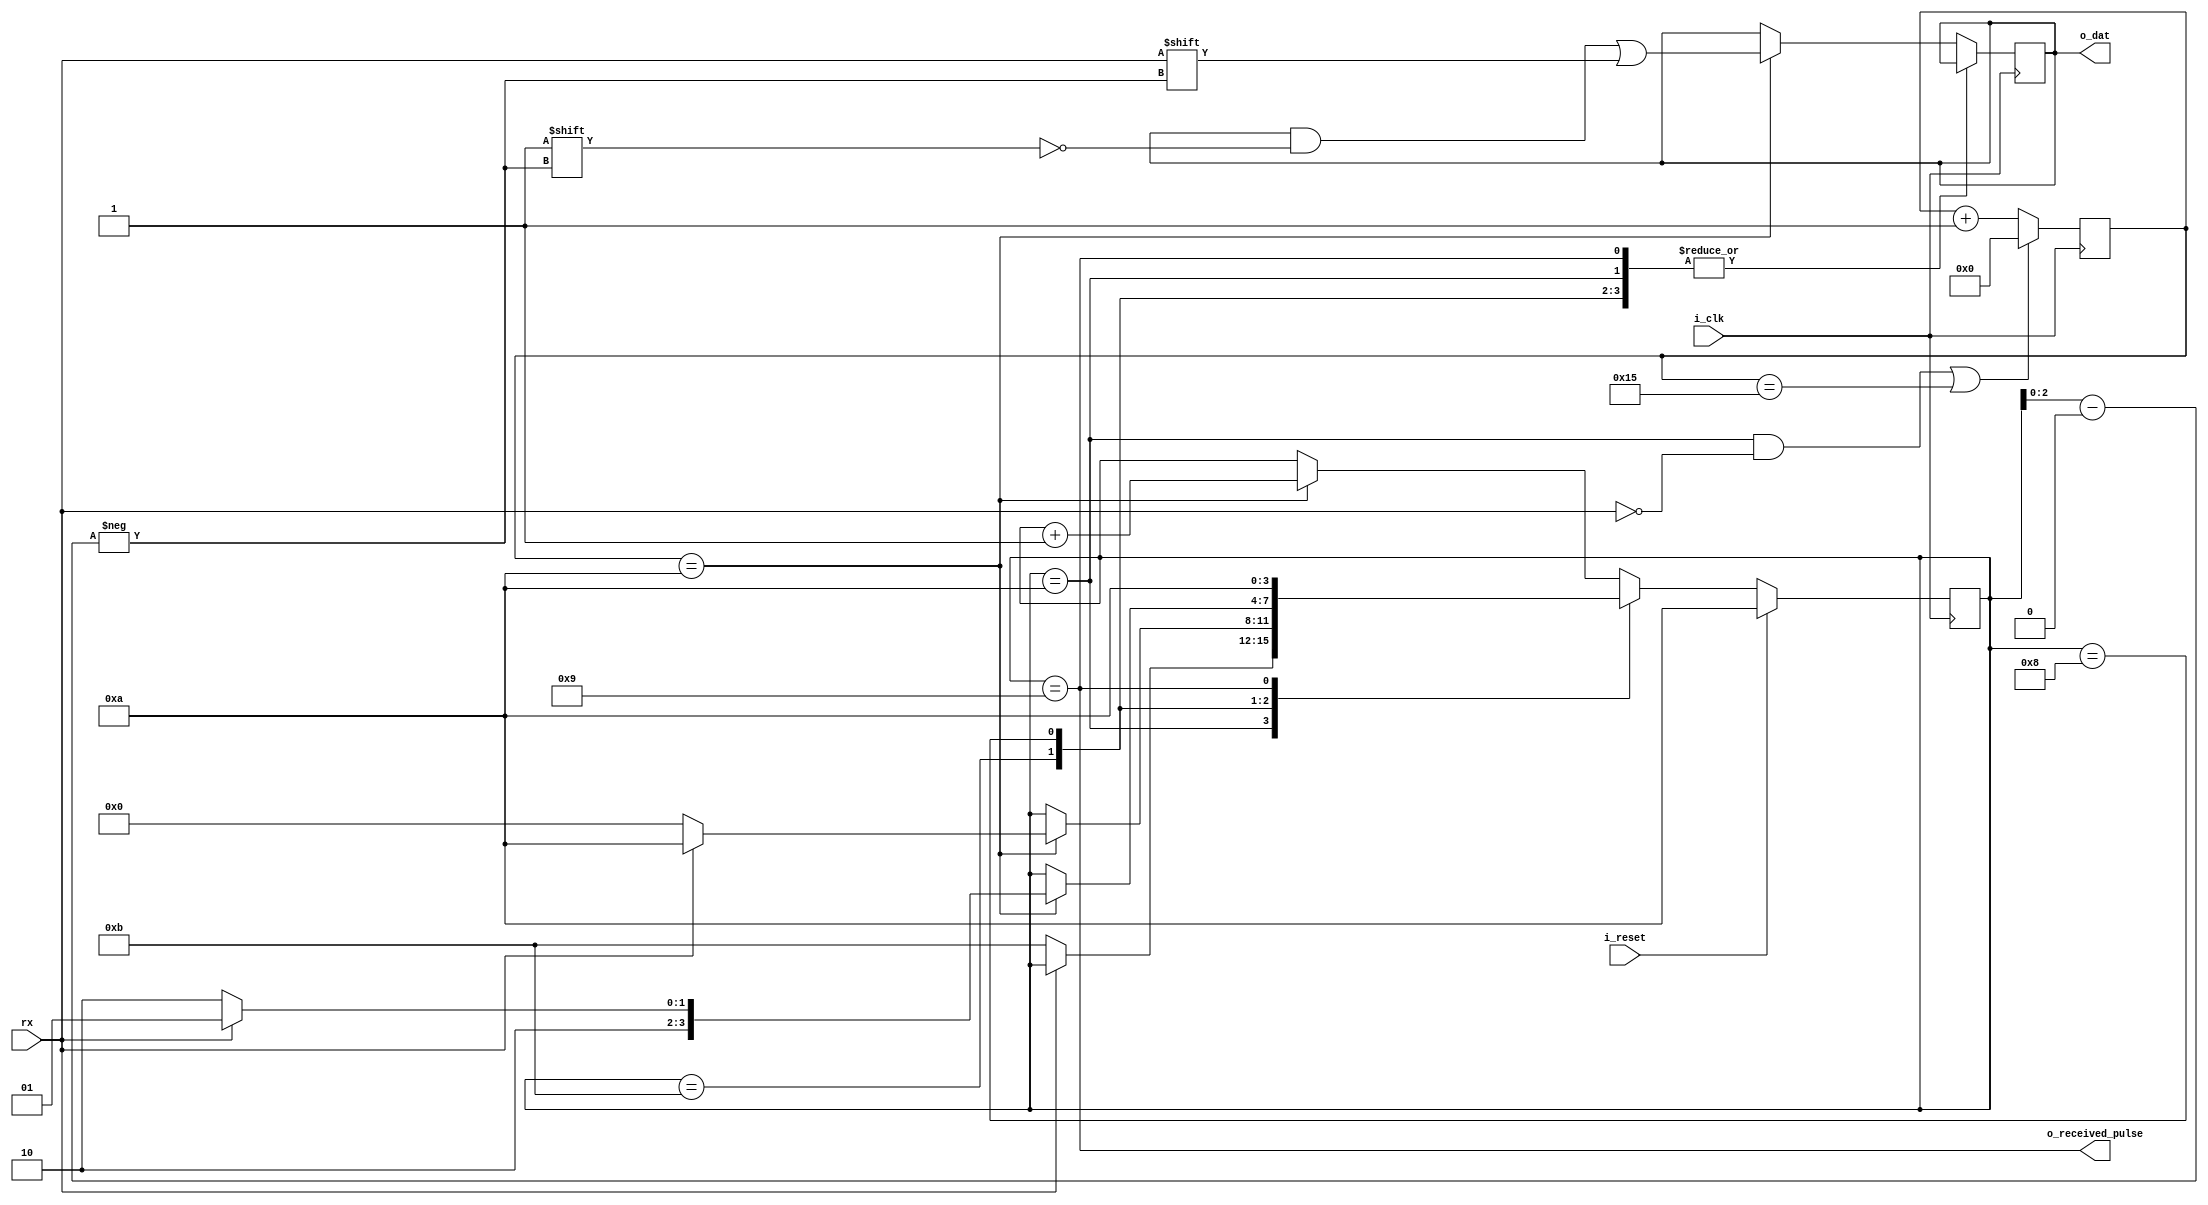
`default_nettype none

module uart_rx(
    input i_clk,
    input i_reset,
    output [7:0] o_dat,
    output o_received_pulse,
    input rx
);

//-------------------------------------------------
// Baud generator
//

parameter TICK = 21; // TICK = SYS_FREQ/BAUDRATE

reg [8:0] baud_rx;
wire baud_start;

wire baud_reset = (baud_rx[8:0] == TICK[8:0]);
wire tick_rx = (baud_rx[8:0] == TICK[8:0]/2);

always @(posedge i_clk) begin
    if( baud_start || baud_reset ) begin
        baud_rx <= 0;
    end else begin
        baud_rx <= baud_rx + 1;
    end
end

//-------------------------------------------------
// Receiver
//

localparam
    IDLE = 10,
    STARTBIT = 11,
    STOPBIT = 8,
    INTERRUPT = 9,
    RECEIVE = 0;

reg [3:0] state_rx;
wire [2:0] bit_idx = state_rx[2:0];

assign baud_start = (state_rx == IDLE) && (rx == 1'b0);

// only push to fifo if not full
assign o_received_pulse = (state_rx == INTERRUPT);

reg [7:0] rx_buf; // temp receive buffer

always @(posedge i_clk) begin
    case( state_rx )
        IDLE: // waiting for start bit
            if( rx == 1'b0 ) begin
                state_rx <= STARTBIT;
            end
        STARTBIT:
            if( tick_rx ) begin
                state_rx <= rx ? IDLE : RECEIVE;
            end
        STOPBIT:
            if( tick_rx ) begin
                state_rx <= rx ? INTERRUPT : IDLE;
            end
        INTERRUPT:
            begin
                state_rx <= IDLE;
            end
        default:
            if( tick_rx ) begin
                rx_buf[ bit_idx ] <= rx;
                state_rx <= state_rx + 1;
            end
    endcase
    if( i_reset ) begin
        state_rx <= IDLE;
    end
end

assign o_dat = rx_buf;

endmodule